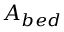
A _ { b e d }